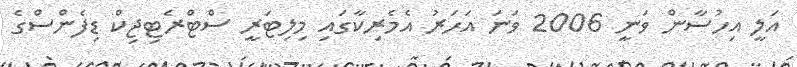
އަލީ އިހުސާން ވަނީ 2006 ވަނަ އަހަރު އެމެރިކާގައި މިލިޓަރީ ސްޓްރެޓިޖިކް ޑިފެންސްގެ